Civil Veterinary Dept. Assam report 1927-50 - 1927-1950
Year: 1927
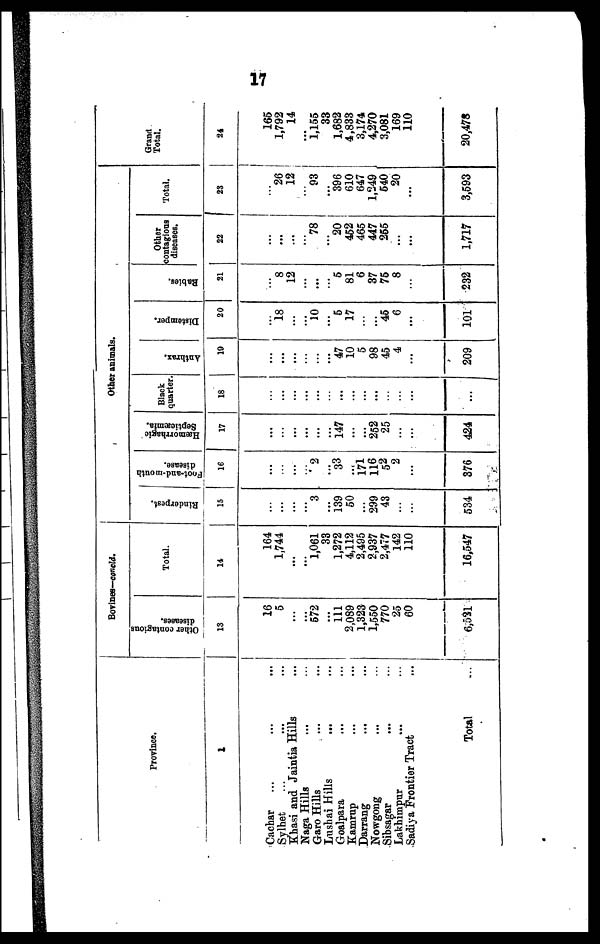
17
Province.
1
Cachar ... ... ...
Sylhet ... ... ...
Khasi and Jaintia Hills ...
Naga Hills ... ...
Garo Hills ... ...
Lushai Hills ... ...
Goalpara ... ...
Kamrup ... ...
Darrang ... ...
Nowgong ... ...
Sibsagar ... ...
Lakhimpur ... ...
Sadiya Frontier Tract ...
Total ...
Bovines—concld.
Other contagious
diseases.
13
16
5
...
...
572
...
111
2,089
1,323
1,550
770
25
60
6,531
Total.
14
164
1,744
...
...
1,061
33
1,272
4,112
2,495
2,937
2,477
142
110
16,547
Other animals.
Rinderpest.
15
...
...
...
...
3
...
139
50
...
299
43
...
...
534
Foot-and-mouth
disease.
16
...
...
...
2
...
33
...
171
116
52
2
...
376
Hæmorrhagic
Septicæmia.
17
...
...
...
...
...
...
147
...
...
252
25
...
...
424
Black
quarter
18
...
...
...
...
...
...
...
...
...
...
...
...
...
...
Anthrax.
19
..
...
...
...
...
...
47
10
5
98
45
4
...
209
Distemper.
20
...
18
...
...
10
...
5
17
...
...
45
6
...
101
Babies.
21
...
8
12
...
...
...
5
81
6
37
75
8
...
232
Other
contagious
diseases.
22
...
...
...
...
78
...
20
452
465
447
255
...
...
1,717
Total.
23
...
26
12
...
93
...
396
610
647
1,249
540
20
...
3,593
Grand
Total.
24
165
1,792
14
...
1,155
33
1,682
4,833
3,174
4,270
3,081
169
110
20,478